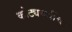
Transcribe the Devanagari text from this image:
कोट्यवधींचा